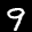
Label: 9